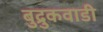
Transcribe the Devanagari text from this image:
बुद्रुकवाडी